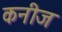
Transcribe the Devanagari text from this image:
कनीज